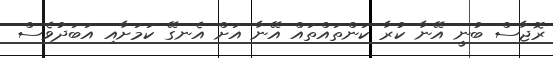
ރޮޖާސް ބުނީ އޭނާ ކުރާ ކަންތައްތައް އޭނާ އަށް އެނގޭ ކަމަށާއި އަބަދުވެސް